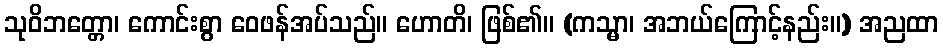
သုဝိဘတ္တော၊ ကောင်းစွာ ဝေဖန်အပ်သည်။ ဟောတိ၊ ဖြစ်၏။ (ကသ္မာ၊ အဘယ်ကြောင့်နည်း။) အညထာ